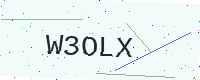
Text: W3OLX